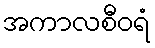
အကာလစီဝရံ